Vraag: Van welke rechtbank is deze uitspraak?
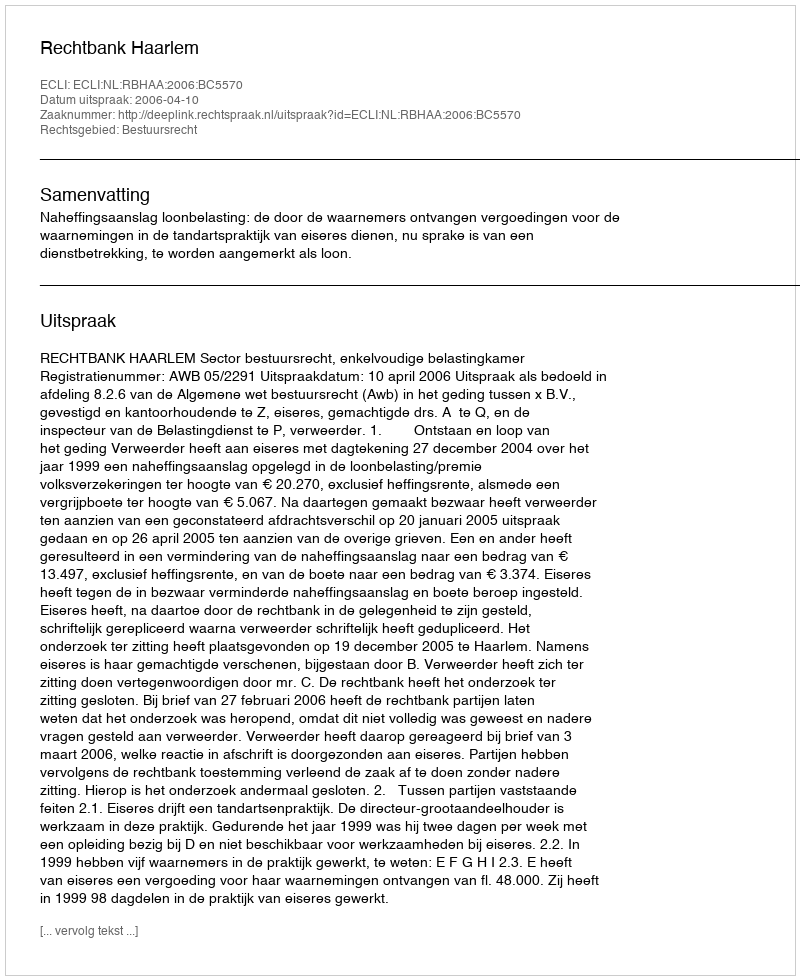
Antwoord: Rechtbank Haarlem